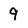
Character: 9